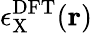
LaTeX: \epsilon_{\mathrm{X}}^{\mathrm{DFT}}(\mathbf{r})